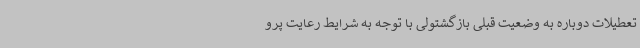
تعطیلات دوباره به وضعیت قبلی بازگشتولی با توجه به شرایط رعایت پرو